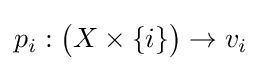
p_{i}:{\bigl (}X\times \{i\}{\bigr )}\to v_{i}